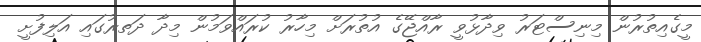
މީގެއިތުރުން މިނިސްޓަރު ވިދާޅުވީ ރާއްޖޭގެ އުތުރަށް މިހާރު ކުރައްވަމުން މިދާ ދަތރުގައި އަލިފުށީ